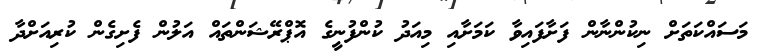
މަސައްކަތަށް ނިކުންނާން ފަށާފައިވާ ކަމަށާއި މިއަދު ކުންފުނީގެ އޮޕްރޭޝަންތައް އަލުން ފެށިގެން ކުރިއަށްދާ